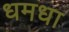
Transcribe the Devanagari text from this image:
धमधा